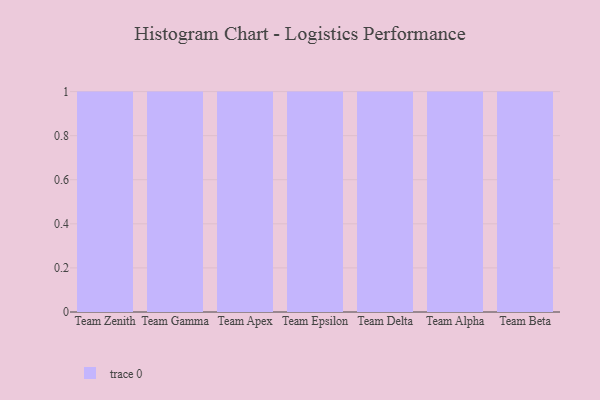
{"axis": {"x": "Team", "y": "Customer Acquisition Cost (USD)"}, "legend": [""], "data": [{"x": "Team Zenith", "y": 52, "type": ""}, {"x": "Team Gamma", "y": 90, "type": ""}, {"x": "Team Apex", "y": 77, "type": ""}, {"x": "Team Epsilon", "y": 31, "type": ""}, {"x": "Team Delta", "y": 49, "type": ""}, {"x": "Team Alpha", "y": 39, "type": ""}, {"x": "Team Beta", "y": 53, "type": ""}]}